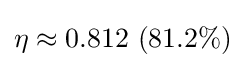
\eta \approx 0.812\ (81.2\%)